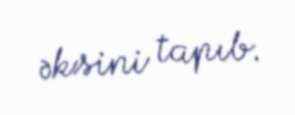
əksini tapıb.